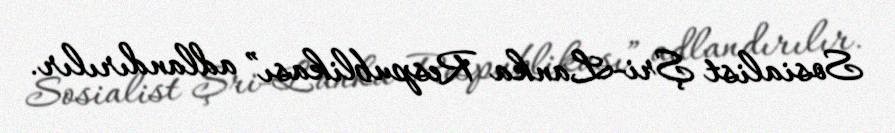
Sosialist Şri-Lanka Respublikası” adlandırılır.